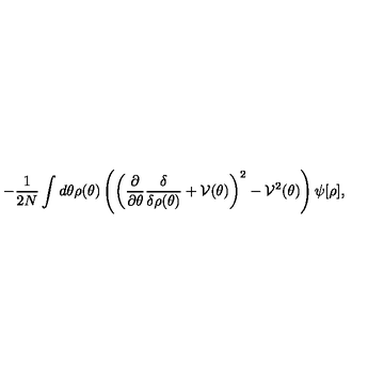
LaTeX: - \frac { 1 } { 2 N } \int d \theta \rho ( \theta ) \left( \left( \frac { \partial } { \partial \theta } \frac { \delta } { \delta \rho ( \theta ) } + { \cal V } ( \theta ) \right) ^ { 2 } - { \cal V } ^ { 2 } ( \theta ) \right) \psi [ \rho ] ,